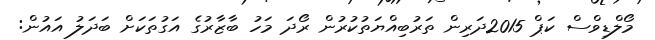
މޯލްޑިވްސް ކަޕް 2015ދަރިން ތަރުބިއްޔަތުކުރުން ރޯދަ މަހު ބާޒާރުގެ އަގުތަކަށް ބަދަލު އައުން: